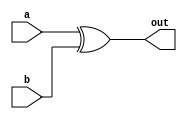
module xor_gate(input wire a, b, output wire out);
  assign out = a ^ b;
endmodule